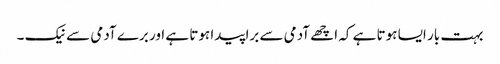
بہت بار ایسا ہوتا ہے کہ اچھے آدمی سے برا پیدا ہوتا ہے اور برے آدمی سے نیک ۔